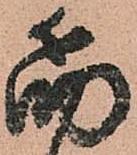
筋